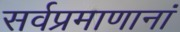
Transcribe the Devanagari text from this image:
सर्वप्रमाणानां